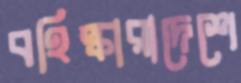
বহিষ্কারাদেশে